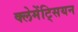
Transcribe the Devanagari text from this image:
क्लेमेंट्सियन